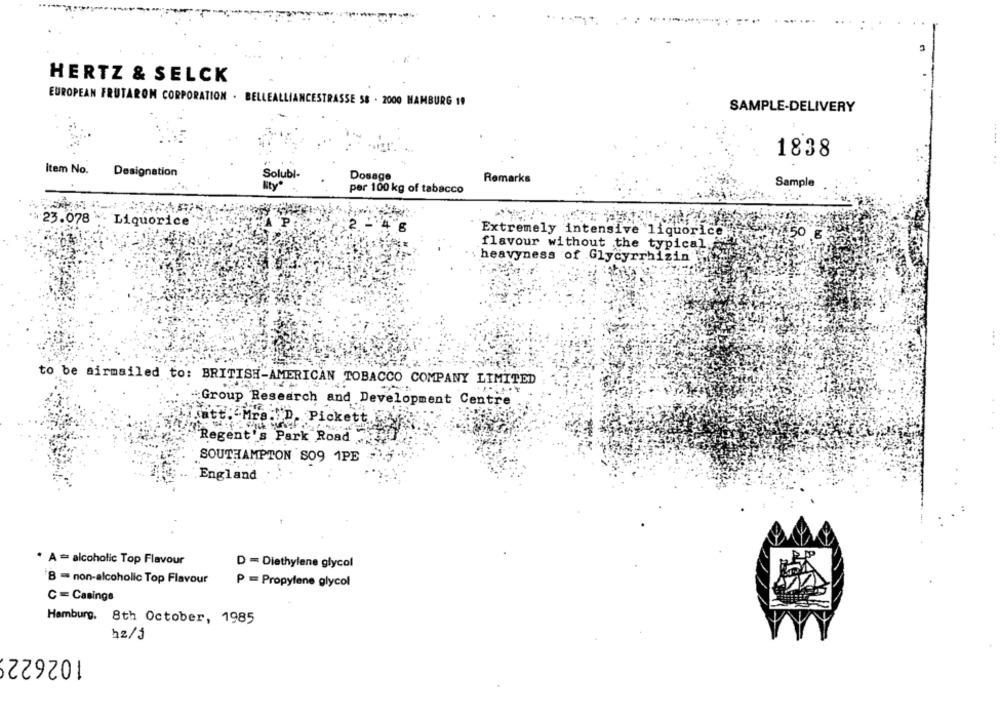
HERTZ & SELCK
EUROPEAN FRUTARON CORPORATION
BELLEALLIANCESTRASSE 58 . 2000 HAMBURG 19
SAMPLE-DELIVERY
1838
item No.
Designation
So
ubi-
Dosage
Remarks
Bity
Sample
per 100 kg of tabacco
23.078 - Liquorice
Extremely intensive liquorice
50 €
flavour without the typical
heavyness of Glycyrrhizin
to be sirmailed to: BRITISH-AMERICAN TOBACCO COMPANY LIMITED
Group Research and Development Centre
att."Mrs. D. Pickett
Regent's Park Road
SOUTHAMPTON SO9 1PE
England
* A = alcoholic Top Flavour
D = Diethylene glycol
B = non-alcoholic Top Flavour
P = Propylene glycol
C = Casings
Hamburg, 8th October, 1985
h2/3
102622